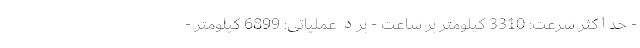
- حداکثر سرعت: 3310 کیلومتر بر ساعت - برد عملیاتی: 6899 کیلومتر -